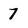
Character: 7